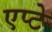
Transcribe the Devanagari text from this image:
एप्टे